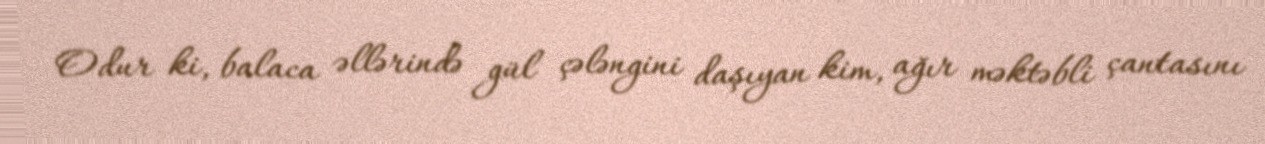
Odur ki, balaca əllərində gül çələngini daşıyan kim, ağır məktəbli çantasını